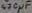
Text: 470µF